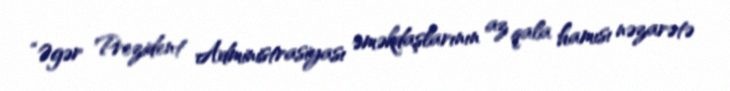
“Əgər Prezident Administrasiyası əməkdaşlarının az qala hamısı nəzarətə